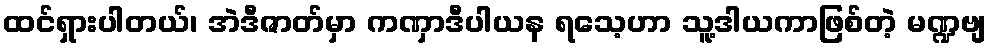
ထင်ရှားပါတယ်၊ အဲဒီဇာတ်မှာ ကဏှာဒီပါယန ရသေ့ဟာ သူ့ဒါယကာဖြစ်တဲ့ မဏ္ဍဗျ